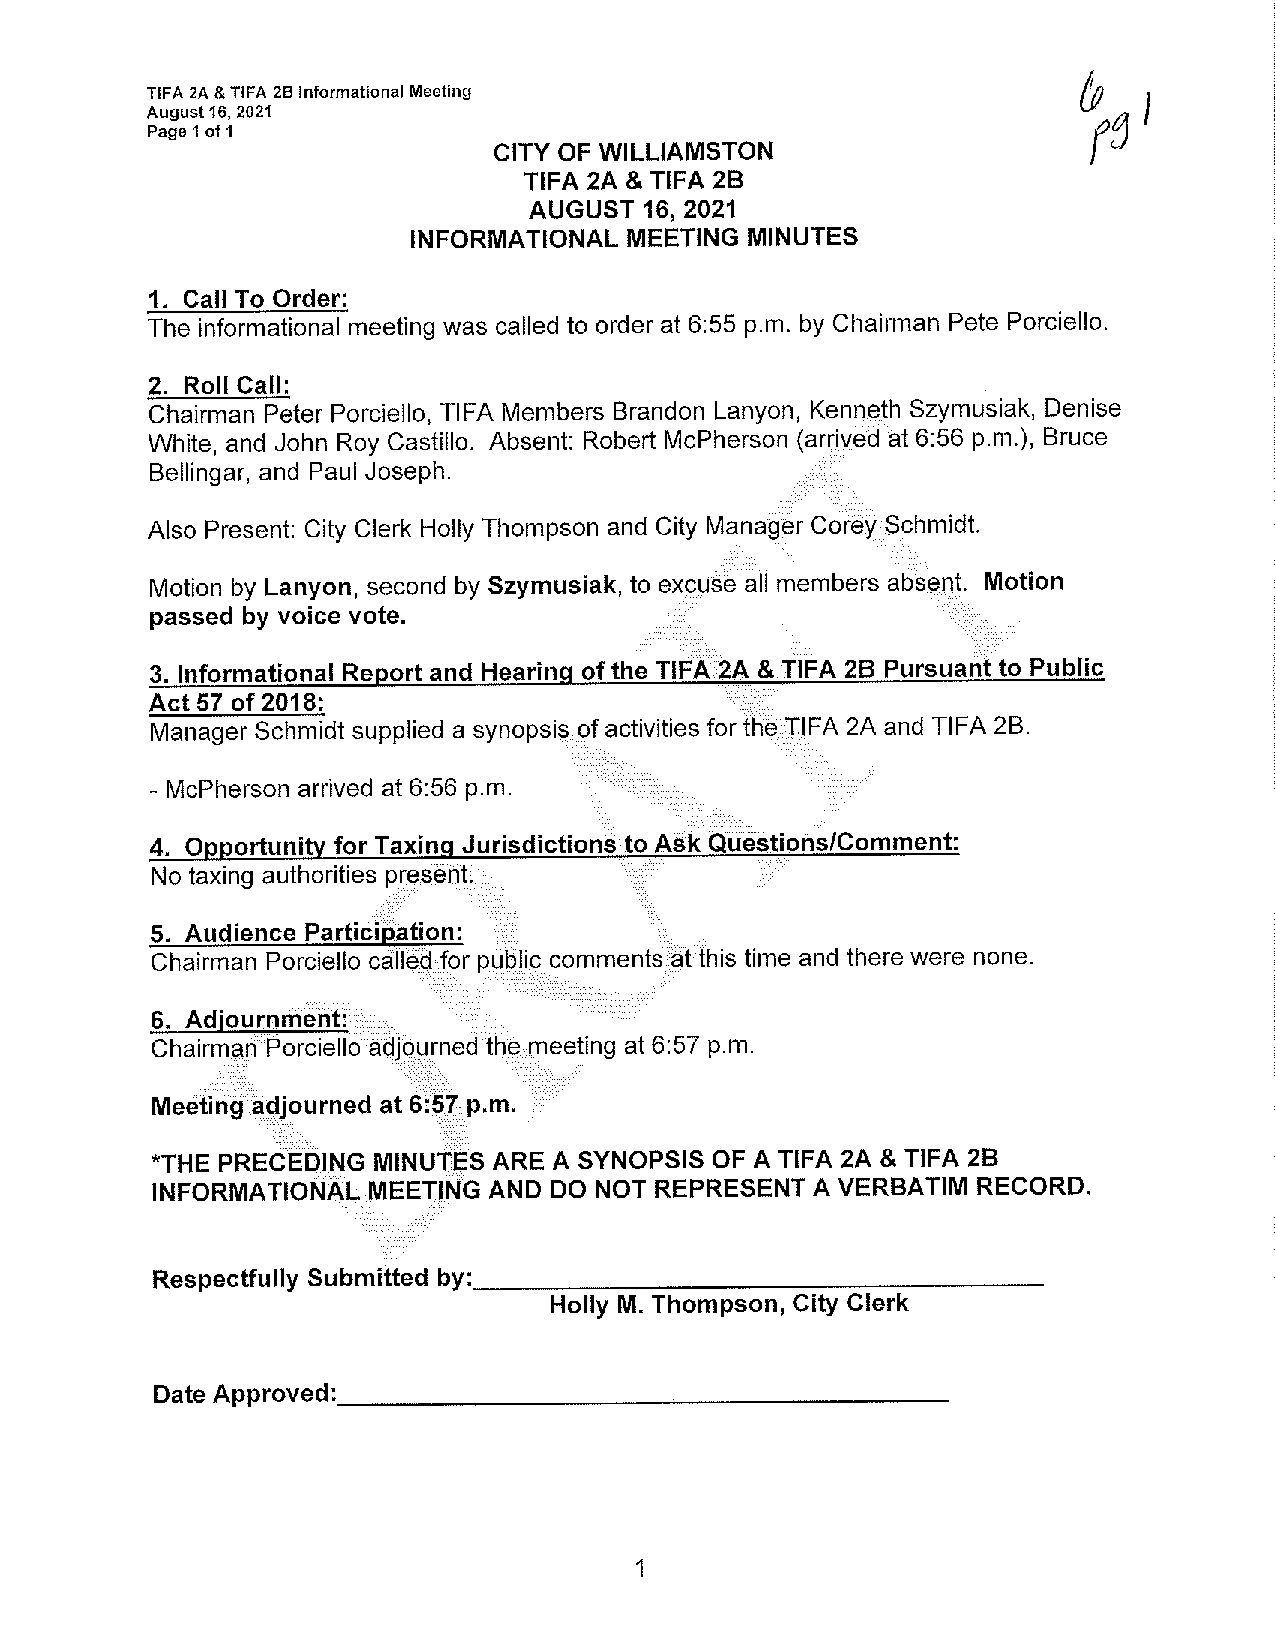
TIFA 2A & TIFA 28 Informational Meeting
 August 16, 2021
 Page 1 of 1
 CITY OF WILLIAMSTON
 TIFA 2A & TIFA 28
 AUGUST  16, 2021
 INFORMATIONAL  MEETING MINUTES
 1. Call To Order:
 The informational meeting was called to order at 6:55 p.m. by Chairman Pete Porciello.
 2. Roll Call:
 Chairman Peter Porciello, TIFA Members Brandon Lanyon, Kenneth Szymusiak, Denise
 White, and John Roy Castillo. Absent: Robert McPherson (arrived at 6:56 p.m.), Bruce
 Bellingar, and Paul Joseph.
 · .... · · .. ·::-:-.:.- ..
 Also Present: City Clerk Holly Thompson and City Manager C�r(3'y{3chmidt.
 Motion by Lanyon, second by Szymusiak, to exc;IJ§� �II members;bserit. Motion
 passed by voice vote.                               .·. · .....
 . .: .. -:·.··_:_.-::" '. ···i.·_:.,:,:":-_.-< .._
 .····......        . .
 3. Informational Report and Hearing of the TIFA.2A &TIFA 28 Pursuarltto Public
 Act 57 of 2018:
 Manager Schmidt supplied a synopsis.of activities for the[JFA 2A and TIFA 2B.
 - McPherson arrived at 6:56 p.m.
 : .· ·--.=.:_·i:.-'_·:_::\::.:::.:.:.:.·.,.: _ _ ', __ ·-: . .-.. ...:""_:.-:::-:·= .
 ...._ "'"'""""
 4. Opportunity for Taxing Jurisdictions to Ask Qliestions/Comment:
 No taxing authorities preseht. . . . .  . .
 5. Audience Participation: <<    \e ..·
 Chairman Porciello call�qJor pLJl51ic:;commentsiafthis time and there were none.
 6. Adjou.rnmehtf.).•.···•············.·.. . .•. \ •. •••·••>.. ·.· ..•.... ·. . · >>•·.····
 Chairmc:1rlPorciellOatjjqyrned thEtrneeting at 6:57 p.m.
 ·.········· .·.·.·.· ·· .·· ·· ·..· ·. :· .··· ·.·. ··· . .... .: · .... · : . ... .
 Meetirig<a.�Journed at 6:�7\p.m.
 ····:.·. .· :.... ·._,.=,.-:·._::_:·. .
 *THE PRECEDING MINUT'l;S ARE A SYNOPSIS OF A TIFA 2A & TIFA 28
 INFORMATIONAL .MEETING AND DO NOT REPRESENT A VERBA TIM RECORD.
 Respectfully Submitted by:                               _
 Holly M. Thompson, City Clerk
 Date Approved=-------------'----------
 1